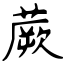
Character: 蕨